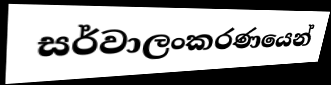
සර්වාලංකරණයෙන්